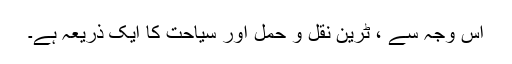
اس وجہ سے ، ٹرین نقل و حمل اور سیاحت کا ایک ذریعہ ہے۔